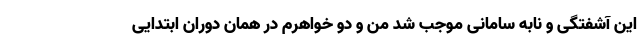
این آشفتگی و نابه سامانی موجب شد من و دو خواهرم در همان دوران ابتدایی